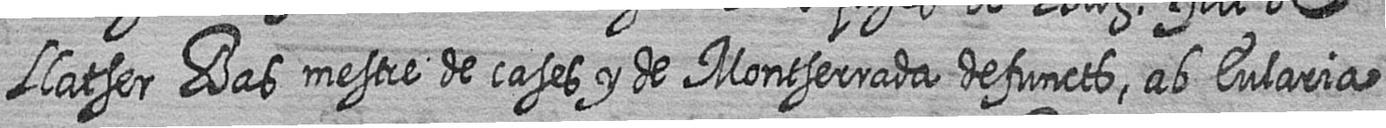
Llatser Bas mestre de cases y de Montserrada defuncts ab Eularia